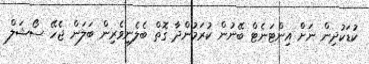
ކުޑަކުދިން ނަށް އިންޓަނެޓް ބޭނުން ކުރަމުންދާ ގޮތް ބެލެނިވެރިން ބަލަން ޖެހޭ ސޯޝަލް